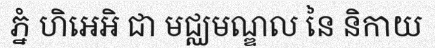
ភ្នំ ហិអេអិ ជា មជ្ឈមណ្ឌល នៃ និកាយ